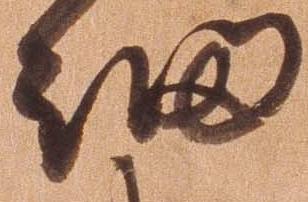
細